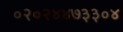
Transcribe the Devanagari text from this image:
०२०२४४७३३०४